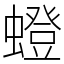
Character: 䗳